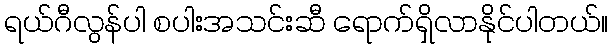
ရယ်ဂီလွန်ပါ စပါးအသင်းဆီ ရောက်ရှိလာနိုင်ပါတယ်။